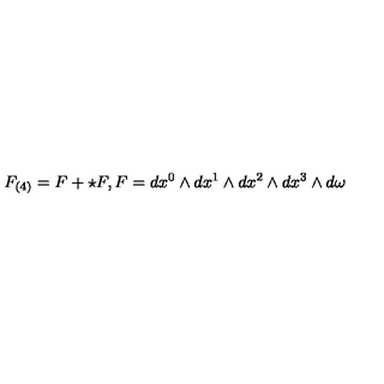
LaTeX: F _ { ( 4 ) } = F + \star F , F = d x ^ { 0 } \wedge d x ^ { 1 } \wedge d x ^ { 2 } \wedge d x ^ { 3 } \wedge d \omega